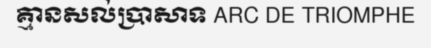
គ្មានសល់ប្រាសាទ ARC DE TRIOMPHE